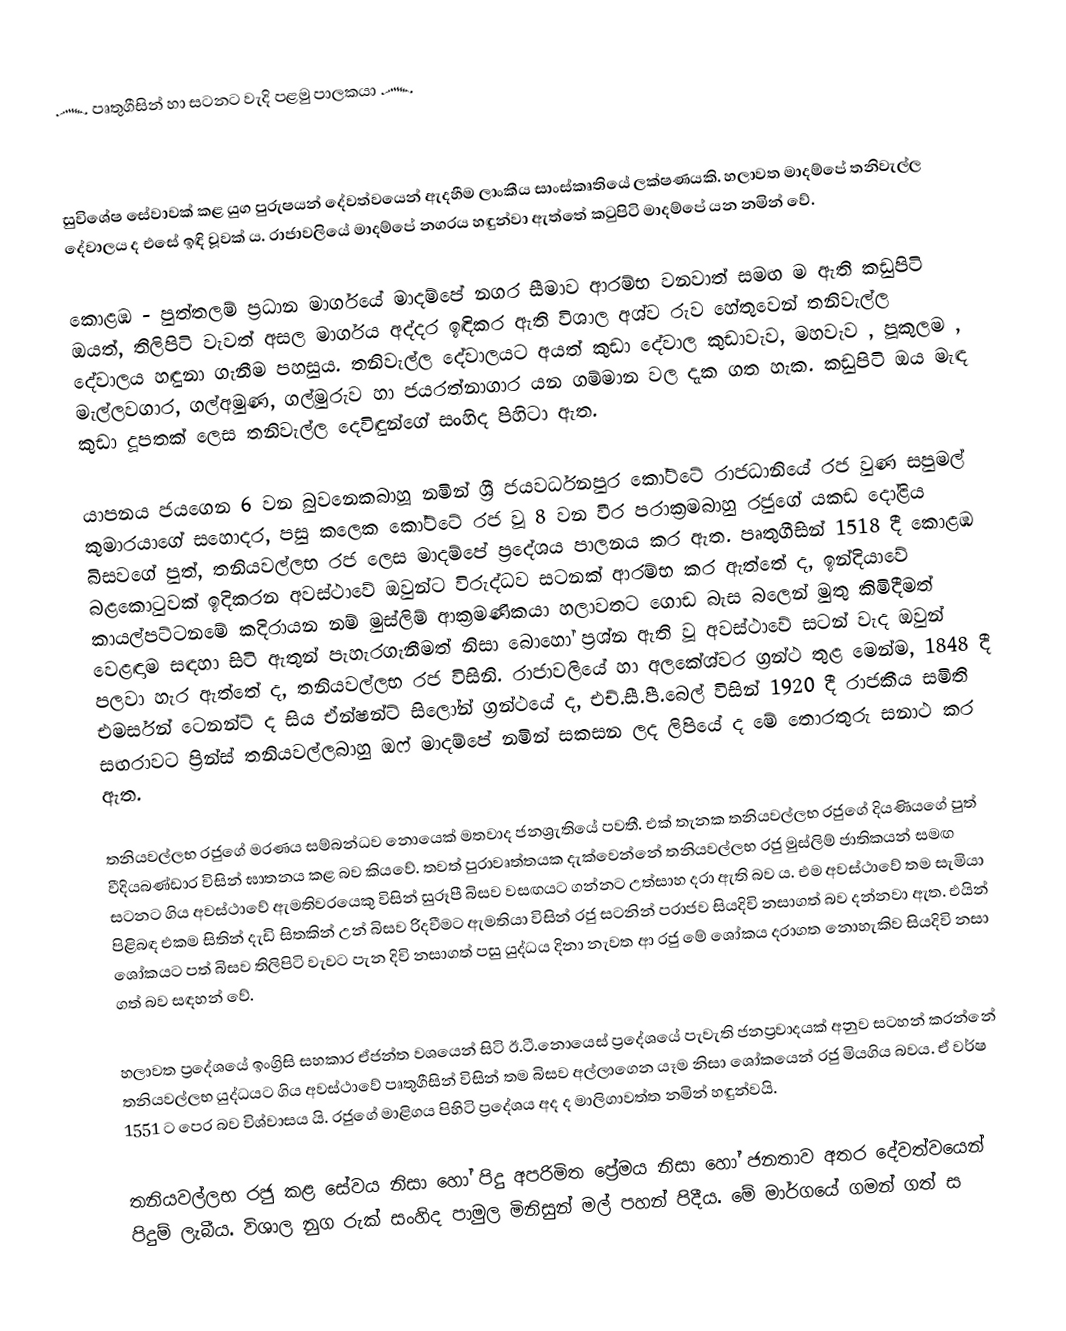
෴ පෘතුගීසින් හා සටනට වැදි පළමු පාලකයා ෴

   

   සුවිශේෂ සේවාවක් කළ යුග පුරුෂයන් දේවත්වයෙන් ඇදහීම ලාංකීය සාංස්කෘතියේ ලක්ෂණයකි. හලාවත මාදම්පේ තනිවැල්ල දේවාලය ද එසේ ඉඳි වූවක් ය. රාජාවලියේ මාදම්පේ නගරය හඳුන්වා ඇත්තේ කටුපිටි මාදම්පේ යන නමින් වේ.

කොළඹ - පුත්තලම් ප්‍රධාන මාර්ගයේ මාදම්පේ නගර සීමාව ආරම්භ වනවාත් සමඟ ම ඇති කඩුපිටි ඔයත්, තිලිපිටි වැවත් අසල මාර්ගය අද්දර ඉඳිකර ඇති විශාල අශ්ව රුව හේතුවෙන් තනිවැල්ල දේවාලය හඳුනා ගැනීම පහසුය. තනිවැල්ල දේවාලයට අයත් කුඩා දේවාල කුඩාවැව, මහවැව , පූකුලම , මැල්ලවගාර, ගල්අමුණ, ගල්මුරුව හා ජයරත්නාගාර යන ගම්මාන වල දැක ගත හැක. කඩුපිටි ඔය මැඳ කුඩා දූපතක් ලෙස තනිවැල්ල දෙවිඳුන්ගේ සංහිද පිහිටා ඇත.

යාපනය ජයගෙන 6 වන බුවනෙකබාහූ නමින් ශ්‍රී ජයවර්ධනපුර කෝට්ටේ රාජධානියේ රජ වුණ සපුමල් කුමාරයාගේ සහොදර, පසු කලෙක කෝට්ටේ රජ වූ 8 වන වීර පරාක්‍රමබාහු රජුගේ යකඩ දෝළිය බිසවගේ පුත්, තනියවල්ලභ රජ ලෙස මාදම්පේ ප්‍රදේශය පාලනය කර ඇත. පෘතුගීසින් 1518 දී කොළඹ බළකොටුවක් ඉදිකරන අවස්ථාවේ ඔවුන්ට විරුද්ධව සටනක් ආරම්භ කර ඇත්තේ ද,  ඉන්දියාවේ කායල්පට්ටනමේ කදිරායන නම් මුස්ලිම් ආක්‍රමණිකයා හලාවතට ගොඩ බැස බලෙන් මුතු කිමිදීමත් වෙළඳාම සඳහා සිටි ඇතුන් පැහැරගැනීමත් නිසා බොහෝ ප්‍රශ්න ඇති වූ අවස්ථාවේ සටන් වැද ඔවුන් පලවා හැර ඇත්තේ ද, තනියවල්ලභ රජ විසිනි. රාජාවලියේ හා අලකේශ්වර ග්‍රන්ථ තුළ මෙන්ම, 1848 දී එමර්සන් ටෙනන්ට් ද සිය ඒන්ෂන්ට් සිලෝන් ග්‍රන්ථයේ ද, එච්.සී.පී.බෙල් විසින් 1920 දී රාජකීය සමිති සඟරාවට ප්‍රින්ස් තනියවල්ලබාහු ඔෆ් මාදම්පේ නමින් සකසන ලද ලිපියේ ද මේ තොරතුරු සනාථ කර ඇත.

තනියවල්ලභ රජුගේ මරණය සම්බන්ධව නොයෙක් මතවාද ජනශ්‍රැතියේ පවතී. එක් තැනක තනියවල්ලභ රජුගේ දියණියගේ පුත් වීදියබණ්ඩාර විසින් ඝාතනය කළ බව කියවේ. තවත් පුරාවෘත්තයක දැක්වෙන්නේ තනියවල්ලභ රජු මුස්ලිම් ජාතිකයන් සමඟ සටනට ගිය අවස්ථාවේ ඇමතිවරයෙකු විසින් සුරූපී බිසව වසඟයට ගන්නට උත්සාහ දරා ඇති බව ය. එම අවස්ථාවේ තම සැමියා පිළිබඳ එකම සිතින් දැඩි සිතකින් උන් බිසව රිදවීමට ඇමතියා විසින් රජු සටනින් පරාජව සියදිවි නසාගත් බව දන්නවා ඇත. එයින් ශෝකයට පත් බිසව තිලිපිටි වැවට පැන දිවි නසාගත් පසු යුද්ධය දිනා නැවත ආ රජු මේ ශෝකය දරාගත නොහැකිව සියදිවි නසා ගත් බව සඳහන් වේ.

හලාවත ප්‍රදේශයේ ඉංග්‍රිසි සහකාර ඒජන්ත වශයෙන් සිටි ඊ.ටී.නොයෙස් ප්‍රදේශයේ පැවැති ජනප්‍රවාදයක් අනුව සටහන් කරන්නේ තනියවල්ලභ යුද්ධයට ගිය අවස්ථාවේ පෘතුගීසින් විසින් තම බිසව අල්ලාගෙන යෑම නිසා ශෝකයෙන් රජු මියගිය බවය. ඒ වර්ෂ 1551 ට පෙර බව විශ්වාසය යි. රජුගේ මාළිගය පිහිටි ප්‍රදේශය අද ද මාලිගාවත්ත නමින් හඳුන්වයි.

තනියවල්ලභ රජු කළ සේවය නිසා හෝ පිදු අපරිමිත ප්‍රේමය නිසා හෝ ජනතාව අතර දේවත්වයෙන් පිදුම් ලැබීය. විශාල නුග රුක් සංහිද පාමුල මිනිසුන් මල් පහන් පිදීය. මේ මාර්ගයේ ගමන් ගත් ස